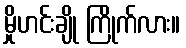
မှိုဟင်းချို ကြိုက်လား။